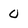
Character: 0